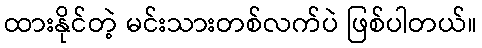
ထားနိုင်တဲ့ မင်းသားတစ်လက်ပဲ ဖြစ်ပါတယ်။